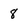
Character: 8